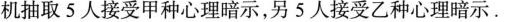
机抽取5人接受甲种心理暗示，另5人接受乙种心理暗示。